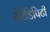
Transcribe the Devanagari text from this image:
सेरेंडिपिटी